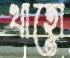
থাহো